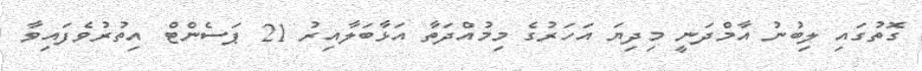
ގޮތުގައި ލިބުނު އާމްދަނީ މިދިޔަ އަހަރުގެ މިމުއްދަތާ އަޅާބަލާއިރު 21 ޕަސެންޓް އިތުރުވެފައިވާ